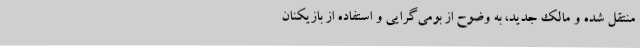
منتقل شده و مالک جدید، به وضوح از بومی‌گرایی و استفاده از بازیکنان